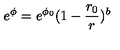
e ^ { \phi } = e ^ { \phi _ { 0 } } ( 1 - \frac { r _ { 0 } } { r } ) ^ { b }